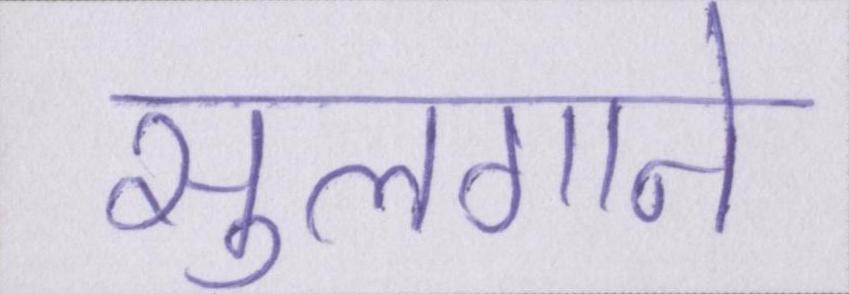
सुलगाने